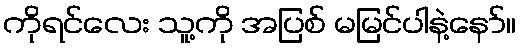
ကိုရင်လေး သူ့ကို အပြစ် မမြင်ပါနဲ့နော်။